First report of the anti-malarial operations at Mian Mir, 1901-1903 - Number 6
Year: 1901
Disease focus: Malaria
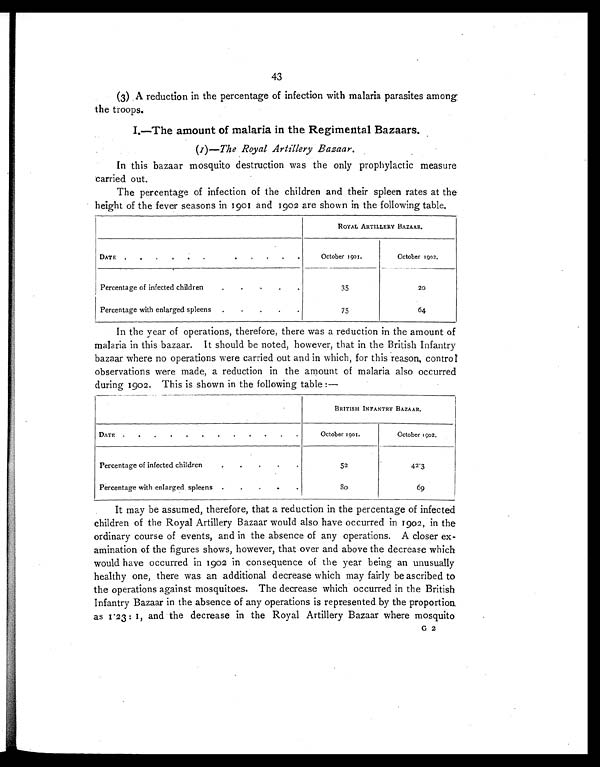
43
(3) A reduction in the percentage of infection with malaria parasites among
the troops.
I.—The amount of malaria in the Regimental Bazaars.
(I )— The Royal Artillery Bazaar.
In this bazaar mosquito destruction was the only prophylactic measure
carried out.
The percentage of infection of the children and their spleen rates at the
height of the fever seasons in 1901 and 1902 are shown in the following table.
ROYAL ARTILLERY BAZAAR.
DATE.
.
.
.
.
.
. . . . .
October 1901.
October 1902.
Percentage of infected children
. . .. . .
35
20
Percentage with enlarged spleens .
.
.
.
.
75
64
In the year of operations, therefore, there was a reduction in the amount of
malaria in this bazaar. It should be noted, however, that in the British Infantry
bazaar where no operations were carried out and in which, for this reason, control
observations were made, a reduction in the amount of malaria also occurred
during 1902. This is shown in the following table :—
BRITISH INFANTRY BAZAAR.
DATE .
.
.
.
. . .
October 1901.
Oct ober 1902.
Percentage of infected children.
. . . .
5 2
4 2 . 3
Percentage with enlarged spleens .
.
.
. .
8 0
6 9
It may be assumed, therefore, that a reduction in the percentage of infected
children of the Royal Artillery Bazaar would also have occurred in 1902, in the
ordinary course of events, and in the absence of any operations. A closer ex-
amination of the figures shows, however, that over and above the decrease which
would have occurred in 1902 in consequence of the year being an unusually
healthy one, there was an additional decrease which may fairly be ascribed to
the operations against mosquitoes. The decrease which occurred in the British
Infantry Bazaar in the absence of any operations is represented by the proportion
as 1.23: 1, and the decrease in the Royal Artillery Bazaar where mosquito
G 2